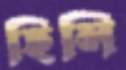
হিলি